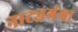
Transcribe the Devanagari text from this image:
नाट्यगंगा